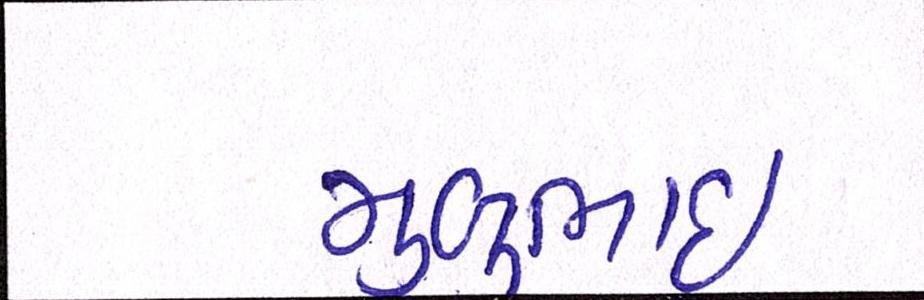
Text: મુળુભાઇ